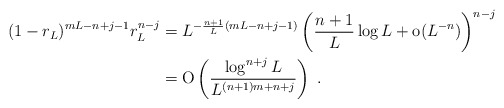
\begin{align*}(1-r_L)^{mL-n+j-1} r_L^{n-j}&=L^{-\frac{n+1}L (mL-n+j-1)}\left(\frac{n+1}L \log L+ \textrm{o}(L^{-n})\right)^{n-j}\\&=\textrm{O}\left(\frac{\log^{n+j} L}{L^{(n+1)m+n+j}}\right) \ .\end{align*}